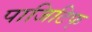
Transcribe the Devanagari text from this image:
पाजिटिफ्